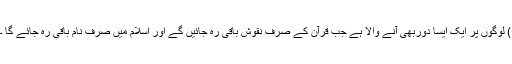
) لوگوں پر ایک ایسا دوربھی آنے والا ہے جب قرآن کے صرف نقوش باقی رہ جائیں گے اور اسلام میں صرف نام باقی رہ جائے گا ۔